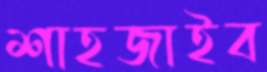
শাহজাইব